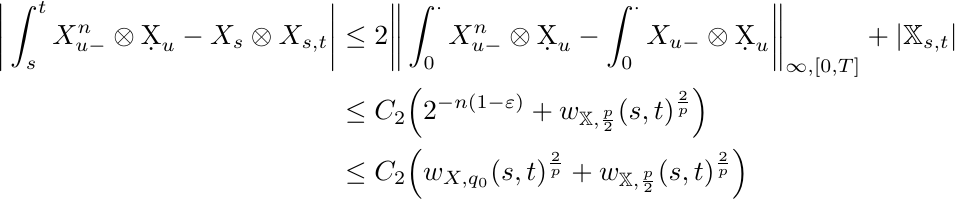
  \begin{align*}
    \bigg|\int_s^t X^n_{u-} \otimes \d X_u - X_{s} \otimes X_{s,t}\bigg| &\leq 2 \bigg\|\int_0^{\cdot} X^n_{u-} \otimes \d X_u - \int_0^{\cdot} X_{u-} \otimes \d X_u\bigg\|_{\infty,[0,T]} + |\mathbb{X}_{s,t}|\\
    &\leq C_2 \Big(2^{-n(1-\varepsilon)} + w_{\mathbb{X},\frac{p}{2}}(s,t)^{\frac{2}{p}}\Big)\\
    &\leq C_2 \Big(w_{X,q_0}(s,t)^{\frac{2}{p}} + w_{\mathbb{X},\frac{p}{2}}(s,t)^{\frac{2}{p}}\Big)
  \end{align*}